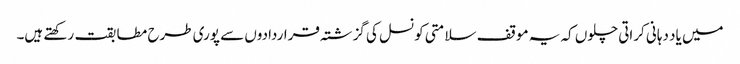
میں یاد دہانی کراتی چلوں کہ یہ موقف سلامتی کونسل کی گزشتہ قراردادوں سے پوری طرح مطابقت رکھتے ہیں۔